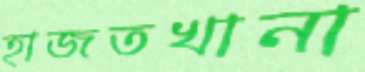
হাজতখানা